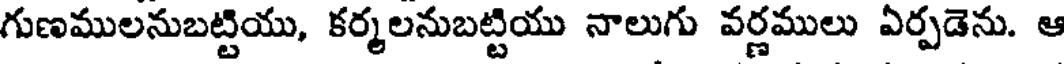
గుణములనుబట్టియు, కర్మలనుబట్టియు నాలుగు వర్ణములు ఏర్పడెను. ఆ